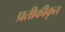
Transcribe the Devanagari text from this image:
प्रतीकीकृत